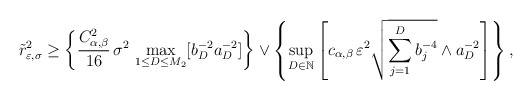
\begin{align*}\tilde r^2_{\varepsilon,\sigma} \geq \left\{ \frac{C^2_{\alpha,\beta}}{16}\, \sigma^2\, \max_{1 \leq D \leq M_2} [ b_D^{-2} a_D^{-2} ] \right\} \vee \left\{ \sup_{D \in \mathbb{N}} \left[c_{\alpha,\beta}\,\varepsilon^2 \sqrt{\sum_{j=1}^D b_j^{-4}} \wedge a_D^{-2} \right] \right\},\end{align*}